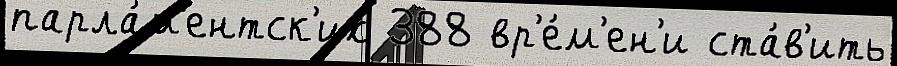
парла́м'ентск'их 388 вр'е́м'ен'и ста́в'ить